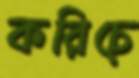
করিচে